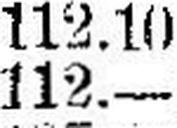
112.—